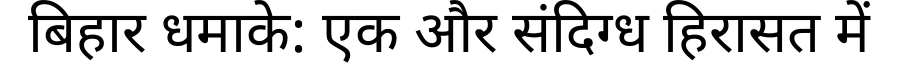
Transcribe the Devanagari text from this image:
बिहार धमाके: एक और संदिग्ध हिरासत में